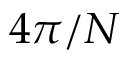
4 \pi / N